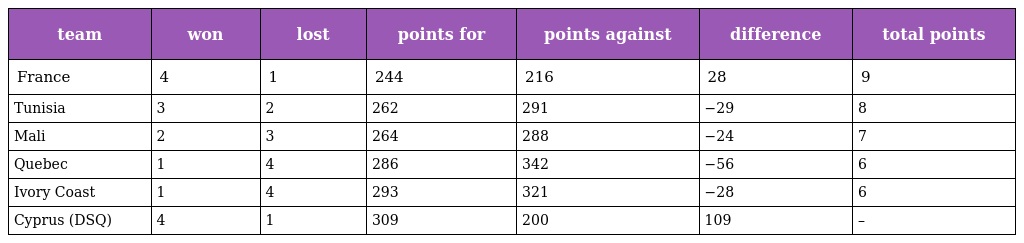
| team | won | lost | points for | points against | difference | total points |
 | --- | --- | --- | --- | --- | --- | --- |
 | France | 4 | 1 | 244 | 216 | 28 | 9 |
 | Tunisia | 3 | 2 | 262 | 291 | −29 | 8 |
 | Mali | 2 | 3 | 264 | 288 | −24 | 7 |
 | Quebec | 1 | 4 | 286 | 342 | −56 | 6 |
 | Ivory Coast | 1 | 4 | 293 | 321 | −28 | 6 |
 | Cyprus (DSQ) | 4 | 1 | 309 | 200 | 109 | – |